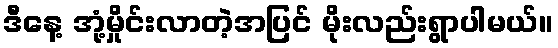
ဒီနေ့ အုံ့မှိုင်းလာတဲ့အပြင် မိုးလည်းရွာပါမယ်။